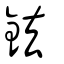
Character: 鉣